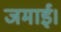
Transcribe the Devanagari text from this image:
जमाई।